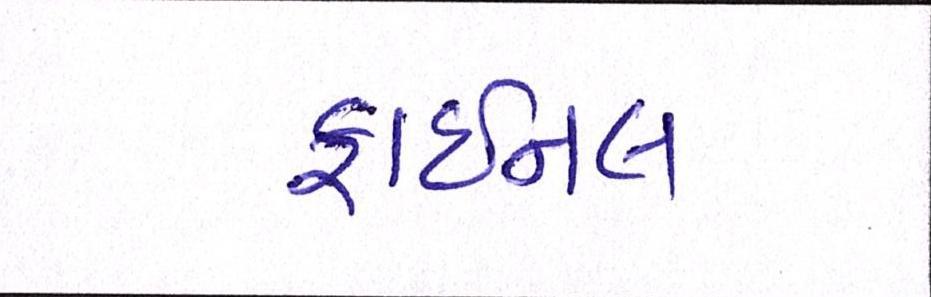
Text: ફાઈનલ